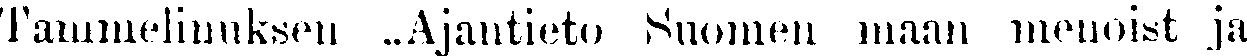
Tammelinuksen ,,Ajantieto Suomen maan menoist ja